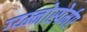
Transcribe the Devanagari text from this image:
ग्य्म्नोस्पेर्मए